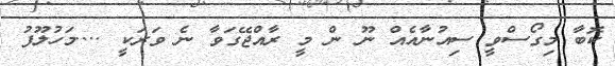
ކޮބާ މިގޯސްވީ ސިއުނާއެއް ނޫ ން މީ ރާއްޖޭގަވާ ނެ ވަރަކީ ....މަހުލޫފު